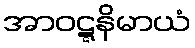
အာဝဋ္ဋနိမာယံ